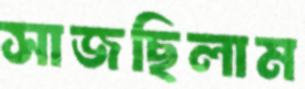
সাজছিলাম